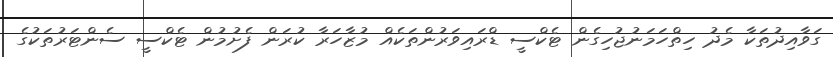
ގަވާއިދުތަކާ މެދު ހިތްހަމަނުޖުހިގެން ޓެކްސީ ޑްރައިވަރުންތަކެއް މުޒާހަރާ ކުރަން ފެށުމުން ޓެކްސީ ސެންޓަރުތަކުގެ